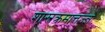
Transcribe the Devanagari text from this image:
शास्त्रक्रमात्तज्ज्ञ